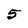
Character: 5